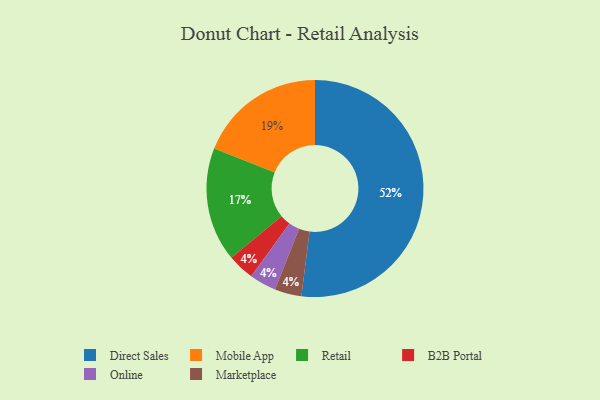
{"axis": {"x": "Category", "y": "Percentage"}, "legend": ["B2B Portal", "Direct Sales", "Marketplace", "Mobile App", "Online", "Retail"], "data": [{"x": "Mobile App", "y": 19, "type": "Mobile App"}, {"x": "B2B Portal", "y": 4, "type": "B2B Portal"}, {"x": "Online", "y": 4, "type": "Online"}, {"x": "Marketplace", "y": 4, "type": "Marketplace"}, {"x": "Retail", "y": 17, "type": "Retail"}, {"x": "Direct Sales", "y": 52, "type": "Direct Sales"}]}